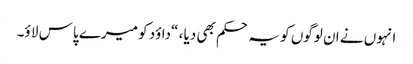
انہوں نے ان لوگوں کو یہ حکم بھی دیا ، “داؤد کو میرے پاس لا ؤ۔